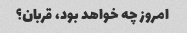
امروز چه خواهد بود، قربان؟